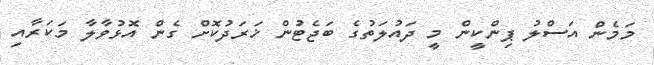
މަމެން އަސްލު ޕިންކީން މީ ދައުލަތުގެ ބަޖެޓުން ޚަރަދުކޮށް ގެން އޮޅުވާލާ މަކަރާއި